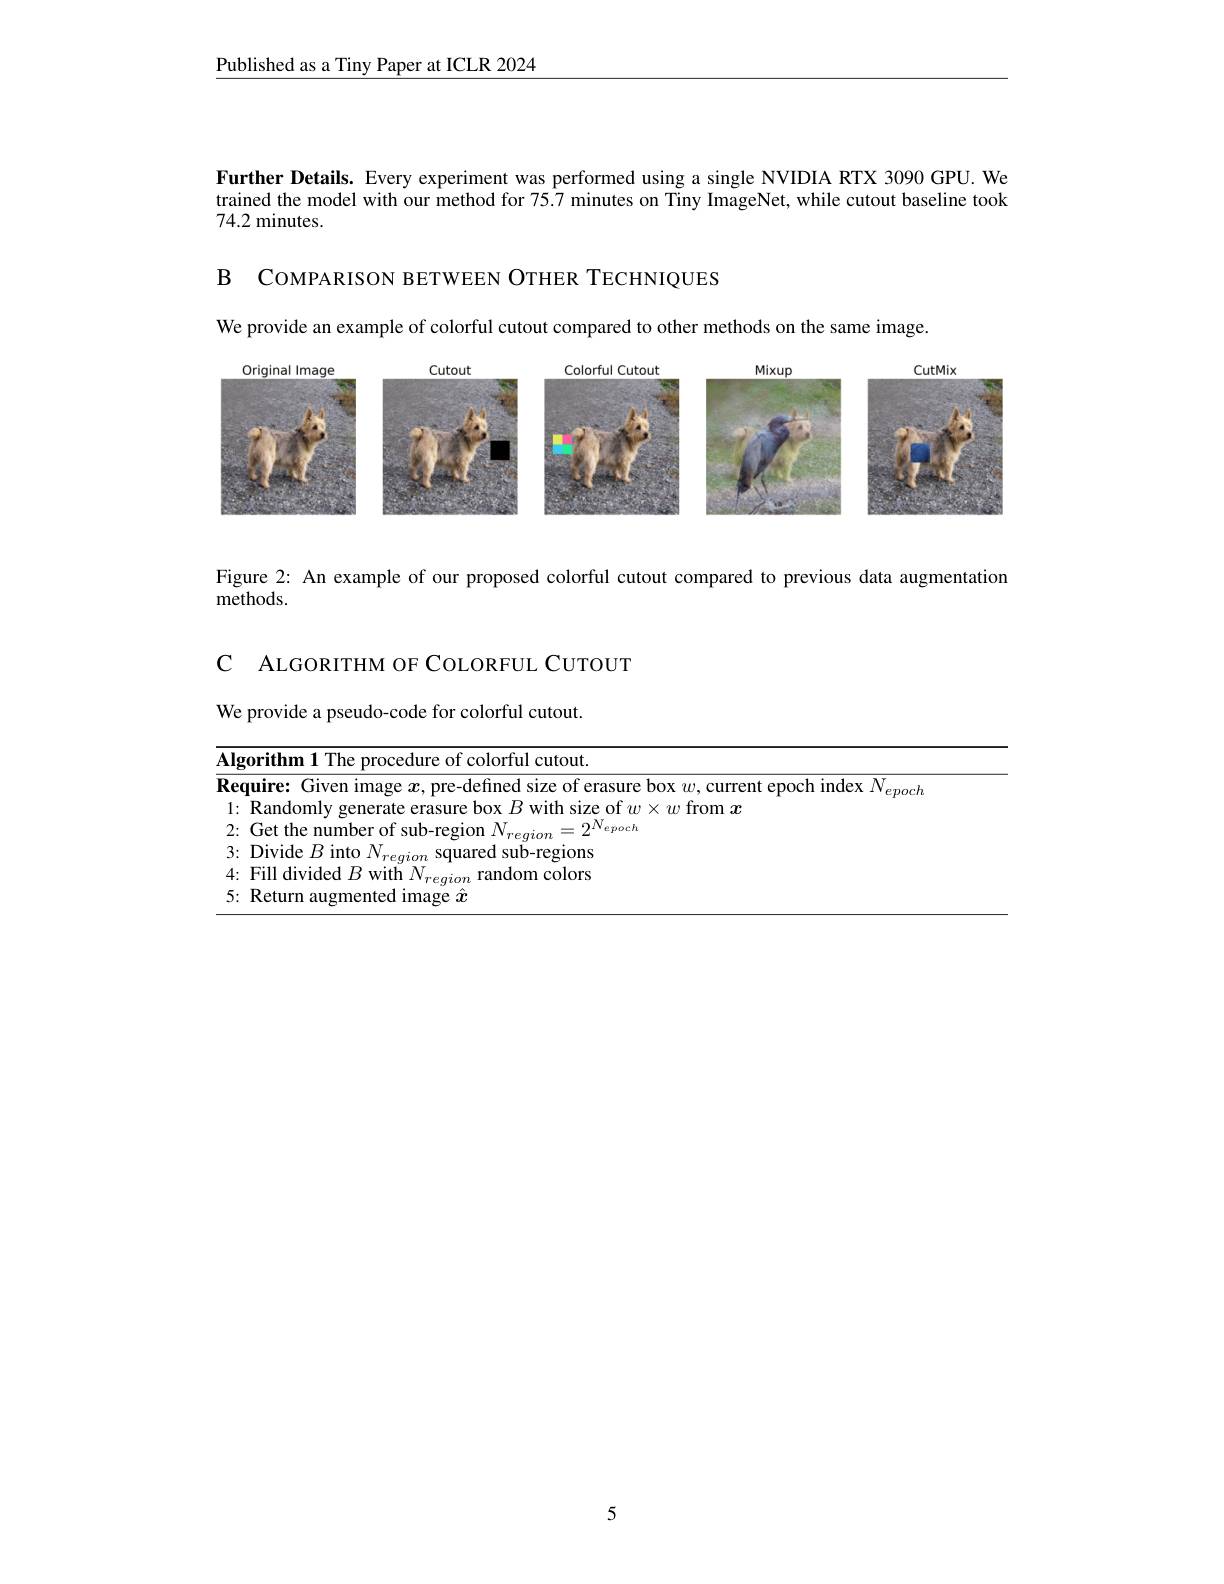
Published as a Tiny Paper at ICLR 2024

Further Details. Every experiment was performed using a single NVIDIA RTX 3090 GPU. We trained the model with our method for 75.7 minutes on Tiny ImageNet, while cutout baseline took 74.2 minutes.

B COMPARISON BETWEEN OTHER TECHNIQUES

We provide an example of colorful cutout compared to other methods on the same image.

<FigureHere>

Figure 2: An example of our proposed colorful cutout compared to previous data augmentation
methods.

<table>
	<tbody>
		<tr>
			<td>Y $\textbf{[ }$</td>
			<td>LGORITHM OF COLORFUL CUTOUT</td>
		</tr>
		<tr>
			<td>$W\epsilon$</td>
			<td>vide a pseudo-code for colorful cutout.</td>
		</tr>
		<tr>
			<td>$\mathbf{Al};$</td>
			<td>$\mathbf{hm1}^{\circ}$ procedure of colorful cutout.</td>
		</tr>
		<tr>
			<td>$\overline{\mathbf{Re}}$</td>
			<td>$\hat{\boldsymbol{\rho}}^{*}$ ach</td>
		</tr>
		<tr>
			<td>1</td>
			<td>dom $B$ with size of $w\times w$ from $x$</td>
		</tr>
		<tr>
			<td>2</td>
			<td>the number of s CITP $\mathbf{N}_{epoch}$</td>
		</tr>
		<tr>
			<td>3</td>
			<td>ide $R$ into $N$ squared sub-regions</td>
		</tr>
		<tr>
			<td>4</td>
			<td>$\mathop{\mathrm{divided}}R_{\mathrm{r}}$ with dom colors</td>
		</tr>
		<tr>
			<td>5</td>
			<td>limage $\hat{x}$</td>
		</tr>
	</tbody>
</table>

5